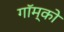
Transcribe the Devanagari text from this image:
गॉम्को